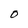
Character: O